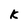
Character: K